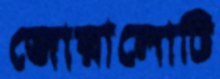
জোরালোটি